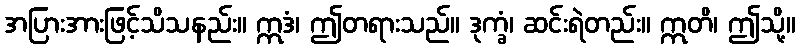
အပြားအားဖြင့်သိသနည်း။ ဣဒံ၊ ဤတရားသည်။ ဒုက္ခံ၊ ဆင်းရဲတည်း။ ဣတိ၊ ဤသို့။